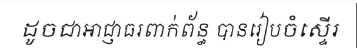
ដូចជាអាជ្ញាធរពាក់ព័ន្ធ បានរៀបចំស្ទើរ